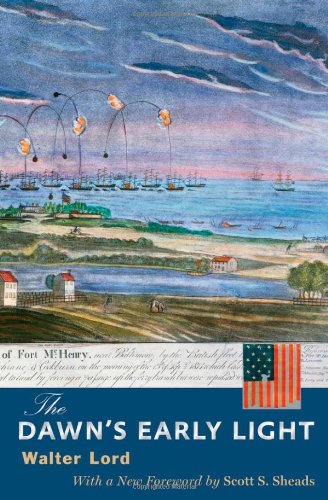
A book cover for The Dawn's Early Light (Maryland Paperback Bookshelf); Walter Lord; History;